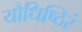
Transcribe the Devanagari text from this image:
यौधिष्ठिरं